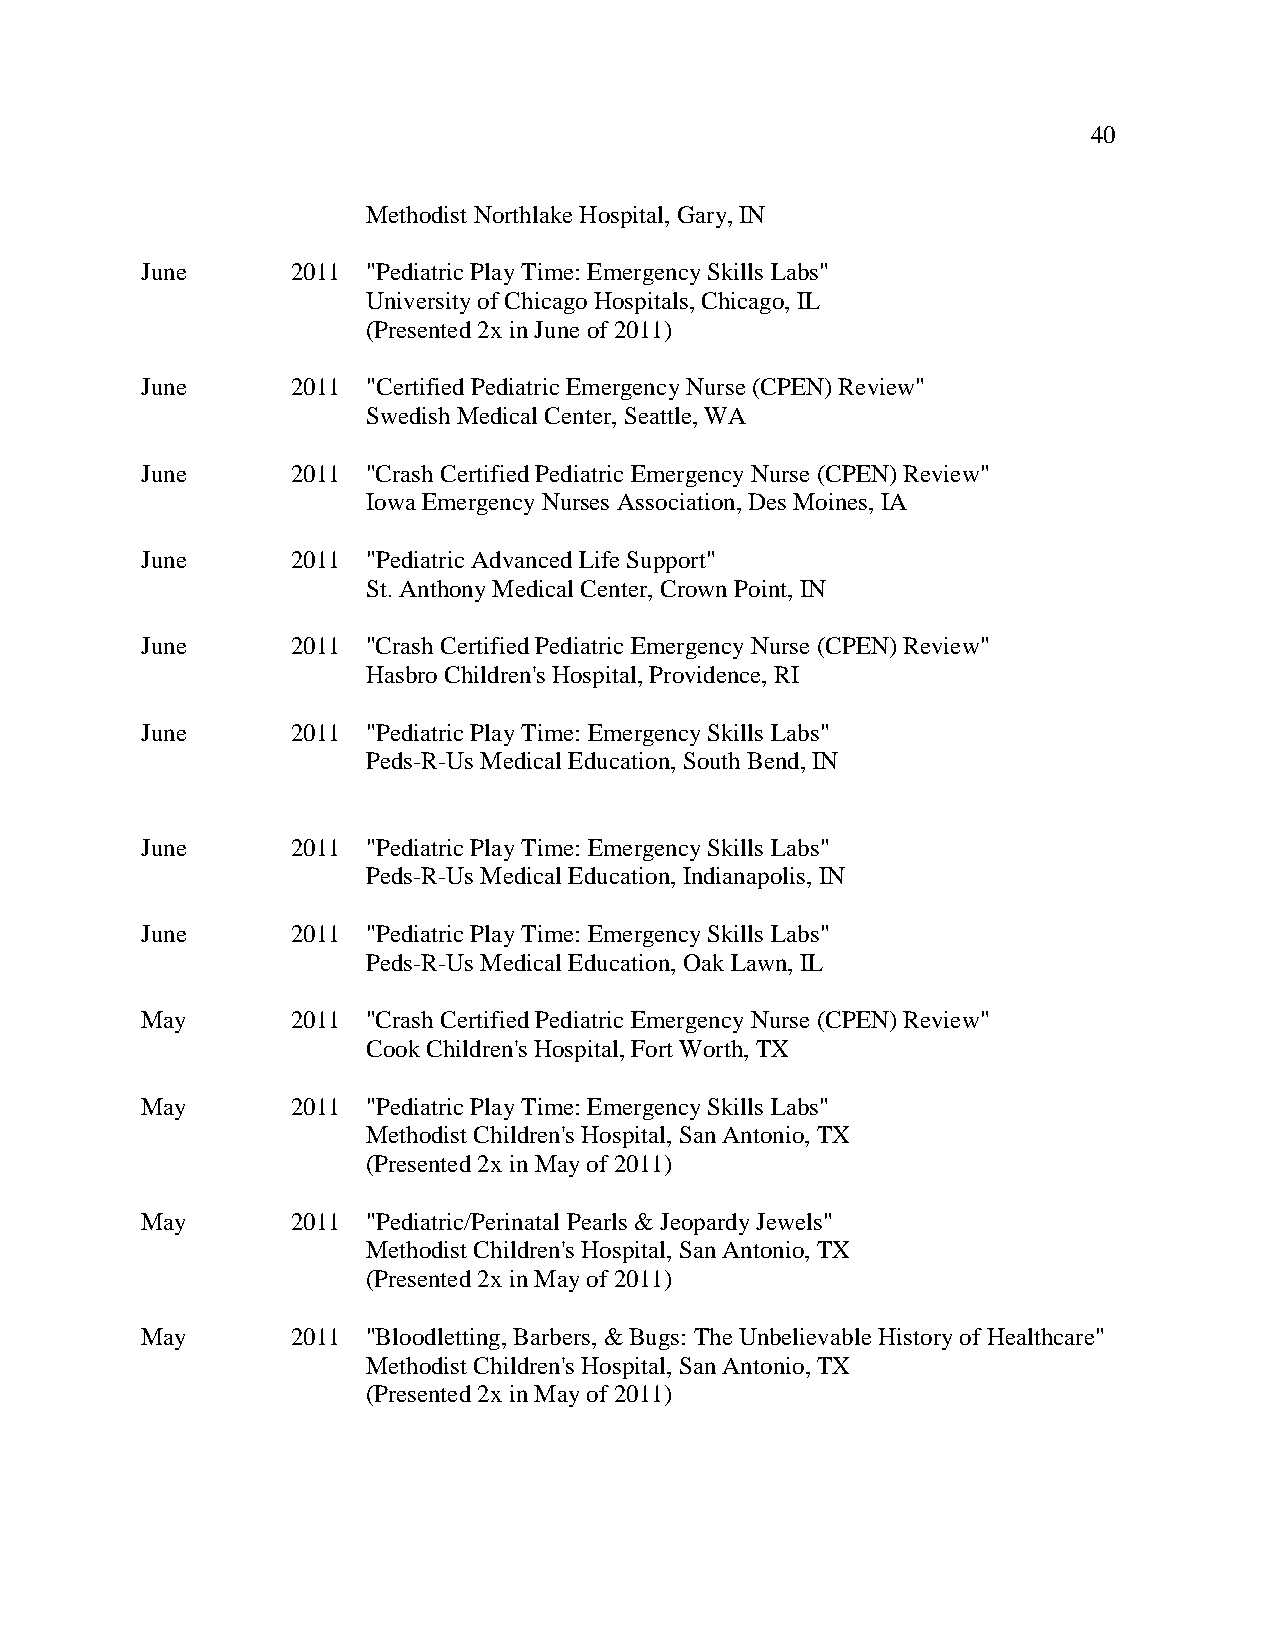
40
 Methodist Northlake Hospital, Gary, IN
 June      2011 "Pediatric Play Time: Emergency Skills Labs"
 University of Chicago Hospitals, Chicago, IL
 (Presented 2x in June of 2011)
 June      2011 "Certified Pediatric Emergency Nurse (CPEN) Review"
 Swedish Medical Center, Seattle, WA
 June      2011 "Crash Certified Pediatric Emergency Nurse (CPEN) Review"
 Iowa Emergency Nurses Association, Des Moines, IA
 June      2011 "Pediatric Advanced Life Support"
 St. Anthony Medical Center, Crown Point, IN
 June      2011 "Crash Certified Pediatric Emergency Nurse (CPEN) Review"
 Hasbro Children's Hospital, Providence, RI
 June      2011 "Pediatric Play Time: Emergency Skills Labs"
 Peds-R-Us Medical Education, South Bend, IN
 June      2011 "Pediatric Play Time: Emergency Skills Labs"
 Peds-R-Us Medical Education, Indianapolis, IN
 June      2011 "Pediatric Play Time: Emergency Skills Labs"
 Peds-R-Us Medical Education, Oak Lawn, IL
 May       2011 "Crash Certified Pediatric Emergency Nurse (CPEN) Review"
 Cook Children's Hospital, Fort Worth, TX
 May       2011 "Pediatric Play Time: Emergency Skills Labs"
 Methodist Children's Hospital, San Antonio, TX
 (Presented 2x in May of 2011)
 May       2011 "Pediatric/Perinatal Pearls & Jeopardy Jewels"
 Methodist Children's Hospital, San Antonio, TX
 (Presented 2x in May of 2011)
 May       2011 "Bloodletting, Barbers, & Bugs: The Unbelievable History of Healthcare"
 Methodist Children's Hospital, San Antonio, TX
 (Presented 2x in May of 2011)